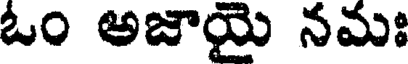
ఓం అజాయై నమః